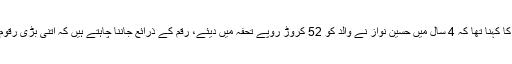
جسٹس اعجاز الاحسن کا کہنا تھا کہ 4 سال میں حسین نواز نے والد کو 52 کروڑ روپے تحفہ میں دیئے، رقم کے ذرائع جاننا چاہتے ہیں کہ اتنی بڑی رقوم کہاں سے آ رہی ہیں؟